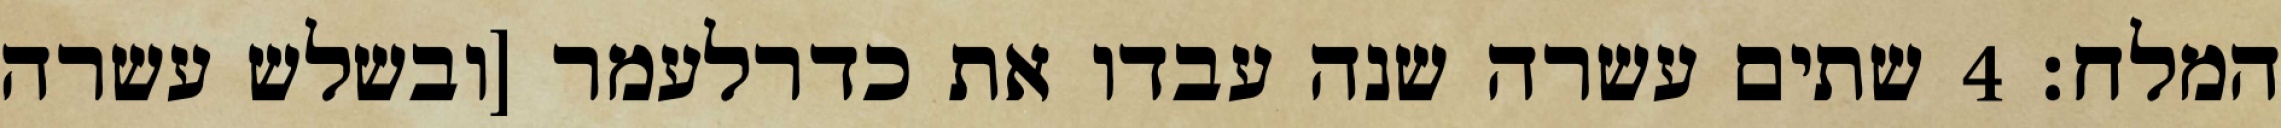
המלח׃ ‎4‏ שתים עשרה שנה עבדו את כדרלעמר [ובשלש עשרה